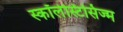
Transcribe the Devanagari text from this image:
स्कॉलेस्टिसिज्म